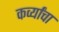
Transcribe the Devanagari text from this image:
कर्व्यांचा